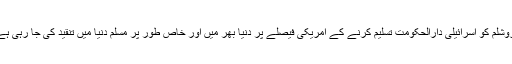
یروشلم کو اسرائیلی دارالحکومت تسلیم کرنے کے امریکی فیصلے پر دنیا بھر میں اور خاص طور پر مسلم دنیا میں تنقید کی جا رہی ہے۔